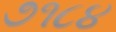
૭૧૮૪